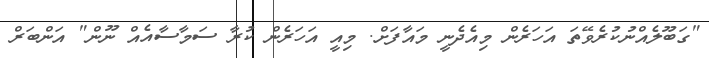
"ގަބޫލެއްނުކުރެވޭތަ އަހަރެން މިއެދެނީ މައާފަށް. މިއީ އަހަރެން ކުރާ ސަމާސާއެއް ނޫން" އަންބަރް